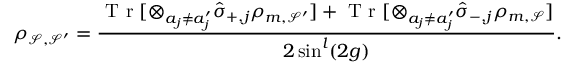
\rho _ { \mathcal { S } , \mathcal { S } ^ { \prime } } = \frac { \mathrm { ~ T ~ r ~ } [ \otimes _ { a _ { j } \neq a _ { j } ^ { \prime } } \hat { \sigma } _ { + , j } \rho _ { m , \mathcal { S } ^ { \prime } } ] + \mathrm { ~ T ~ r ~ } [ \otimes _ { a _ { j } \neq a _ { j } ^ { \prime } } \hat { \sigma } _ { - , j } \rho _ { m , \mathcal { S } } ] } { 2 \sin ^ { l } ( 2 g ) } .